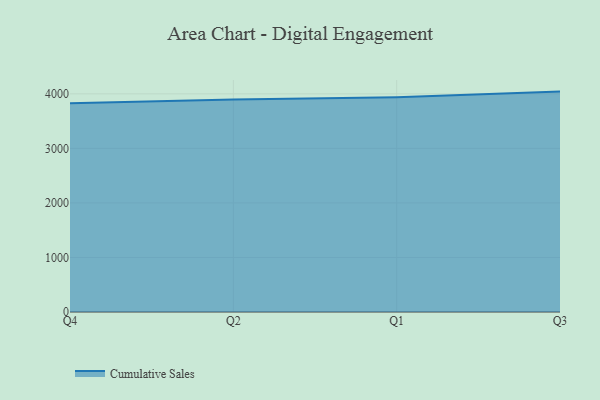
{"axis": {"x": "Quarter", "y": "Production Output"}, "legend": ["Cumulative Sales"], "data": [{"x": "Q4", "y": 3829.0, "type": "Cumulative Sales"}, {"x": "Q2", "y": 3895.9, "type": "Cumulative Sales"}, {"x": "Q1", "y": 3936.0, "type": "Cumulative Sales"}, {"x": "Q3", "y": 4041.3, "type": "Cumulative Sales"}]}